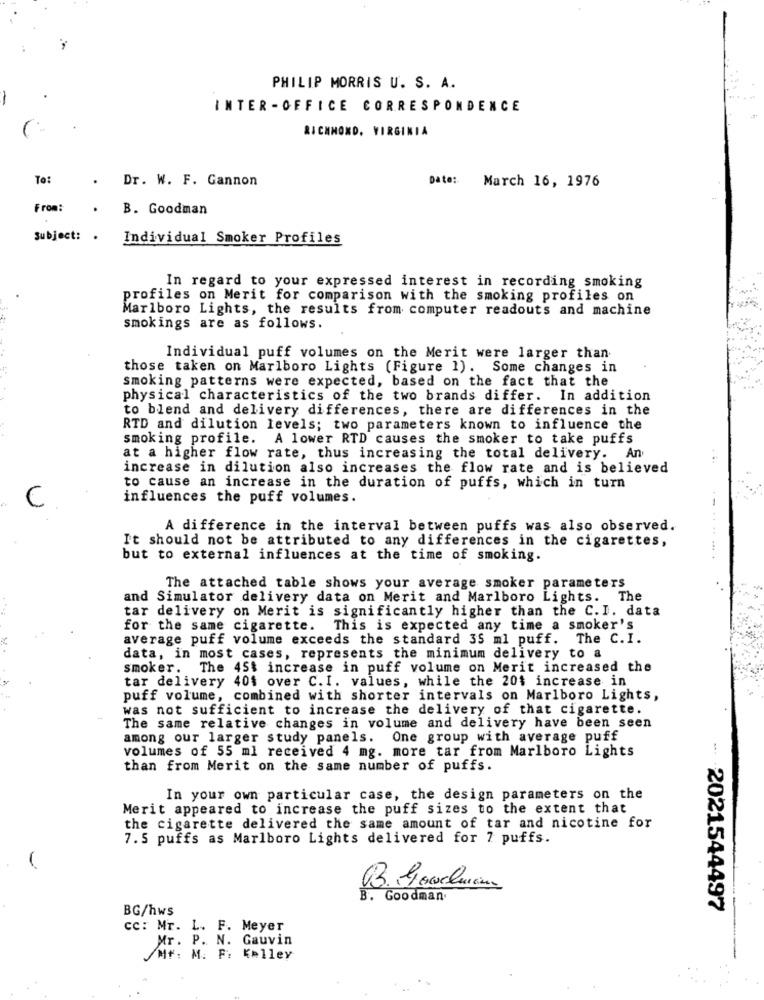
PHILIP MORRIS U. S. A.
INTER -OFFICE CORRESPONDENCE
RICHMOND, VIRGINIA
To:
Dr. W. F. Gannon
Date:
March 16, 1976
From:
B. Goodman
Subject: .
Individual Smoker Profiles
In regard to your expressed interest in recording smoking
profiles on Merit for comparison with the smoking profiles on
Marlboro Lights, the results from computer readouts and machine
smokings are as follows.
Individual puff volumes on the Merit were larger than
those taken on Marlboro Lights (Figure 1). Some changes in
smoking patterns were expected, based on the fact that the
physical characteristics of the two brands differ. In addition
to blend and delivery differences, there are differences in the
RTD and dilution levels; two parameters known to influence the
smoking profile. A lower RTD causes the smoker to take puffs
at a higher flow rate, thus increasing the total delivery. An
increase in dilution also increases the flow rate and is believed
to cause an increase in the duration of puffs, which in turn
influences the puff volumes.
A difference in the interval between puffs was also observed.
It should not be attributed to any differences in the cigarettes,
but to external influences at the time of smoking.
The attached table shows your average smoker parameters
and Simulator delivery data on Merit and Marlboro Lights. The
tar delivery on Merit is significantly higher than the C.I. data
for the same cigarette. This is expected any time a smoker's
average puff volume exceeds the standard 35 ml puff. The C.I.
data, in most cases, represents the minimum delivery to a
smoker.
The 45% increase in puff volume on Merit increased the
tar delivery 40% over C.I. values, while the 20% increase in
puff volume, combined with shorter intervals on Marlboro Lights,
was not sufficient to increase the delivery of that cigarette.
The same relative changes in volume and delivery have been seen
among our larger study panels. One group with average puff
volumes of 55 ml received 4 mg. more tar from Marlboro Lights
than from Merit on the same number of puffs.
In your own particular case, the design parameters on the
Merit appeared to increase the puff sizes to the extent that
the cigarette delivered the same amount of tar and nicotine for
7. 5 puffs as Marlboro Lights delivered for 7 puffs.
B. Goodman.
BG/hws
- 2021544497
cc: Mr. L. F. Meyer
Mr. P. N. Gauvin
/Mt: M. F: Kelley